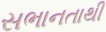
સભાનતાથી